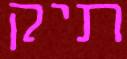
תיק